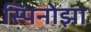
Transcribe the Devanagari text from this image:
स्पिनोझा